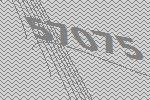
57075